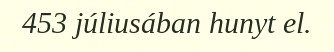
453 júliusában hunyt el.